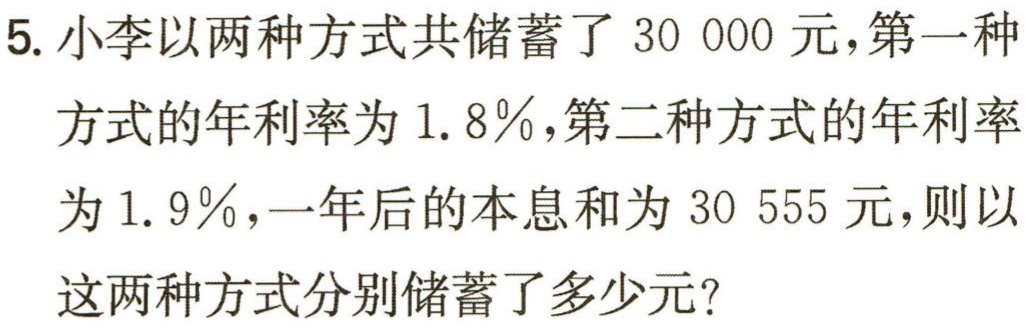
5. 小李以两种方式共储蓄了 30 000 元，第一种方式的年利率为 1.8％，第二种方式的年利率为 1.9％，一年后的本息和为 30 555 元，则以这两种方式分别储蓄了多少元？